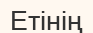
Етінің